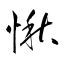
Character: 愀